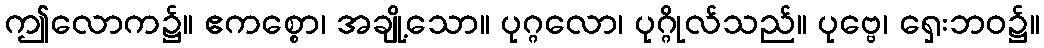
ဤလောက၌။ ဧကစ္စော၊ အချို့သော။ ပုဂ္ဂလော၊ ပုဂ္ဂိုလ်သည်။ ပုဗ္ဗေ၊ ရှေးဘဝ၌။